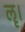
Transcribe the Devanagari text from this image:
ॡ।